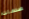
صدمات